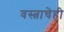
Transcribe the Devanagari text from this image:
वस्त्राचेही